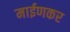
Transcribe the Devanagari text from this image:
माईणकर